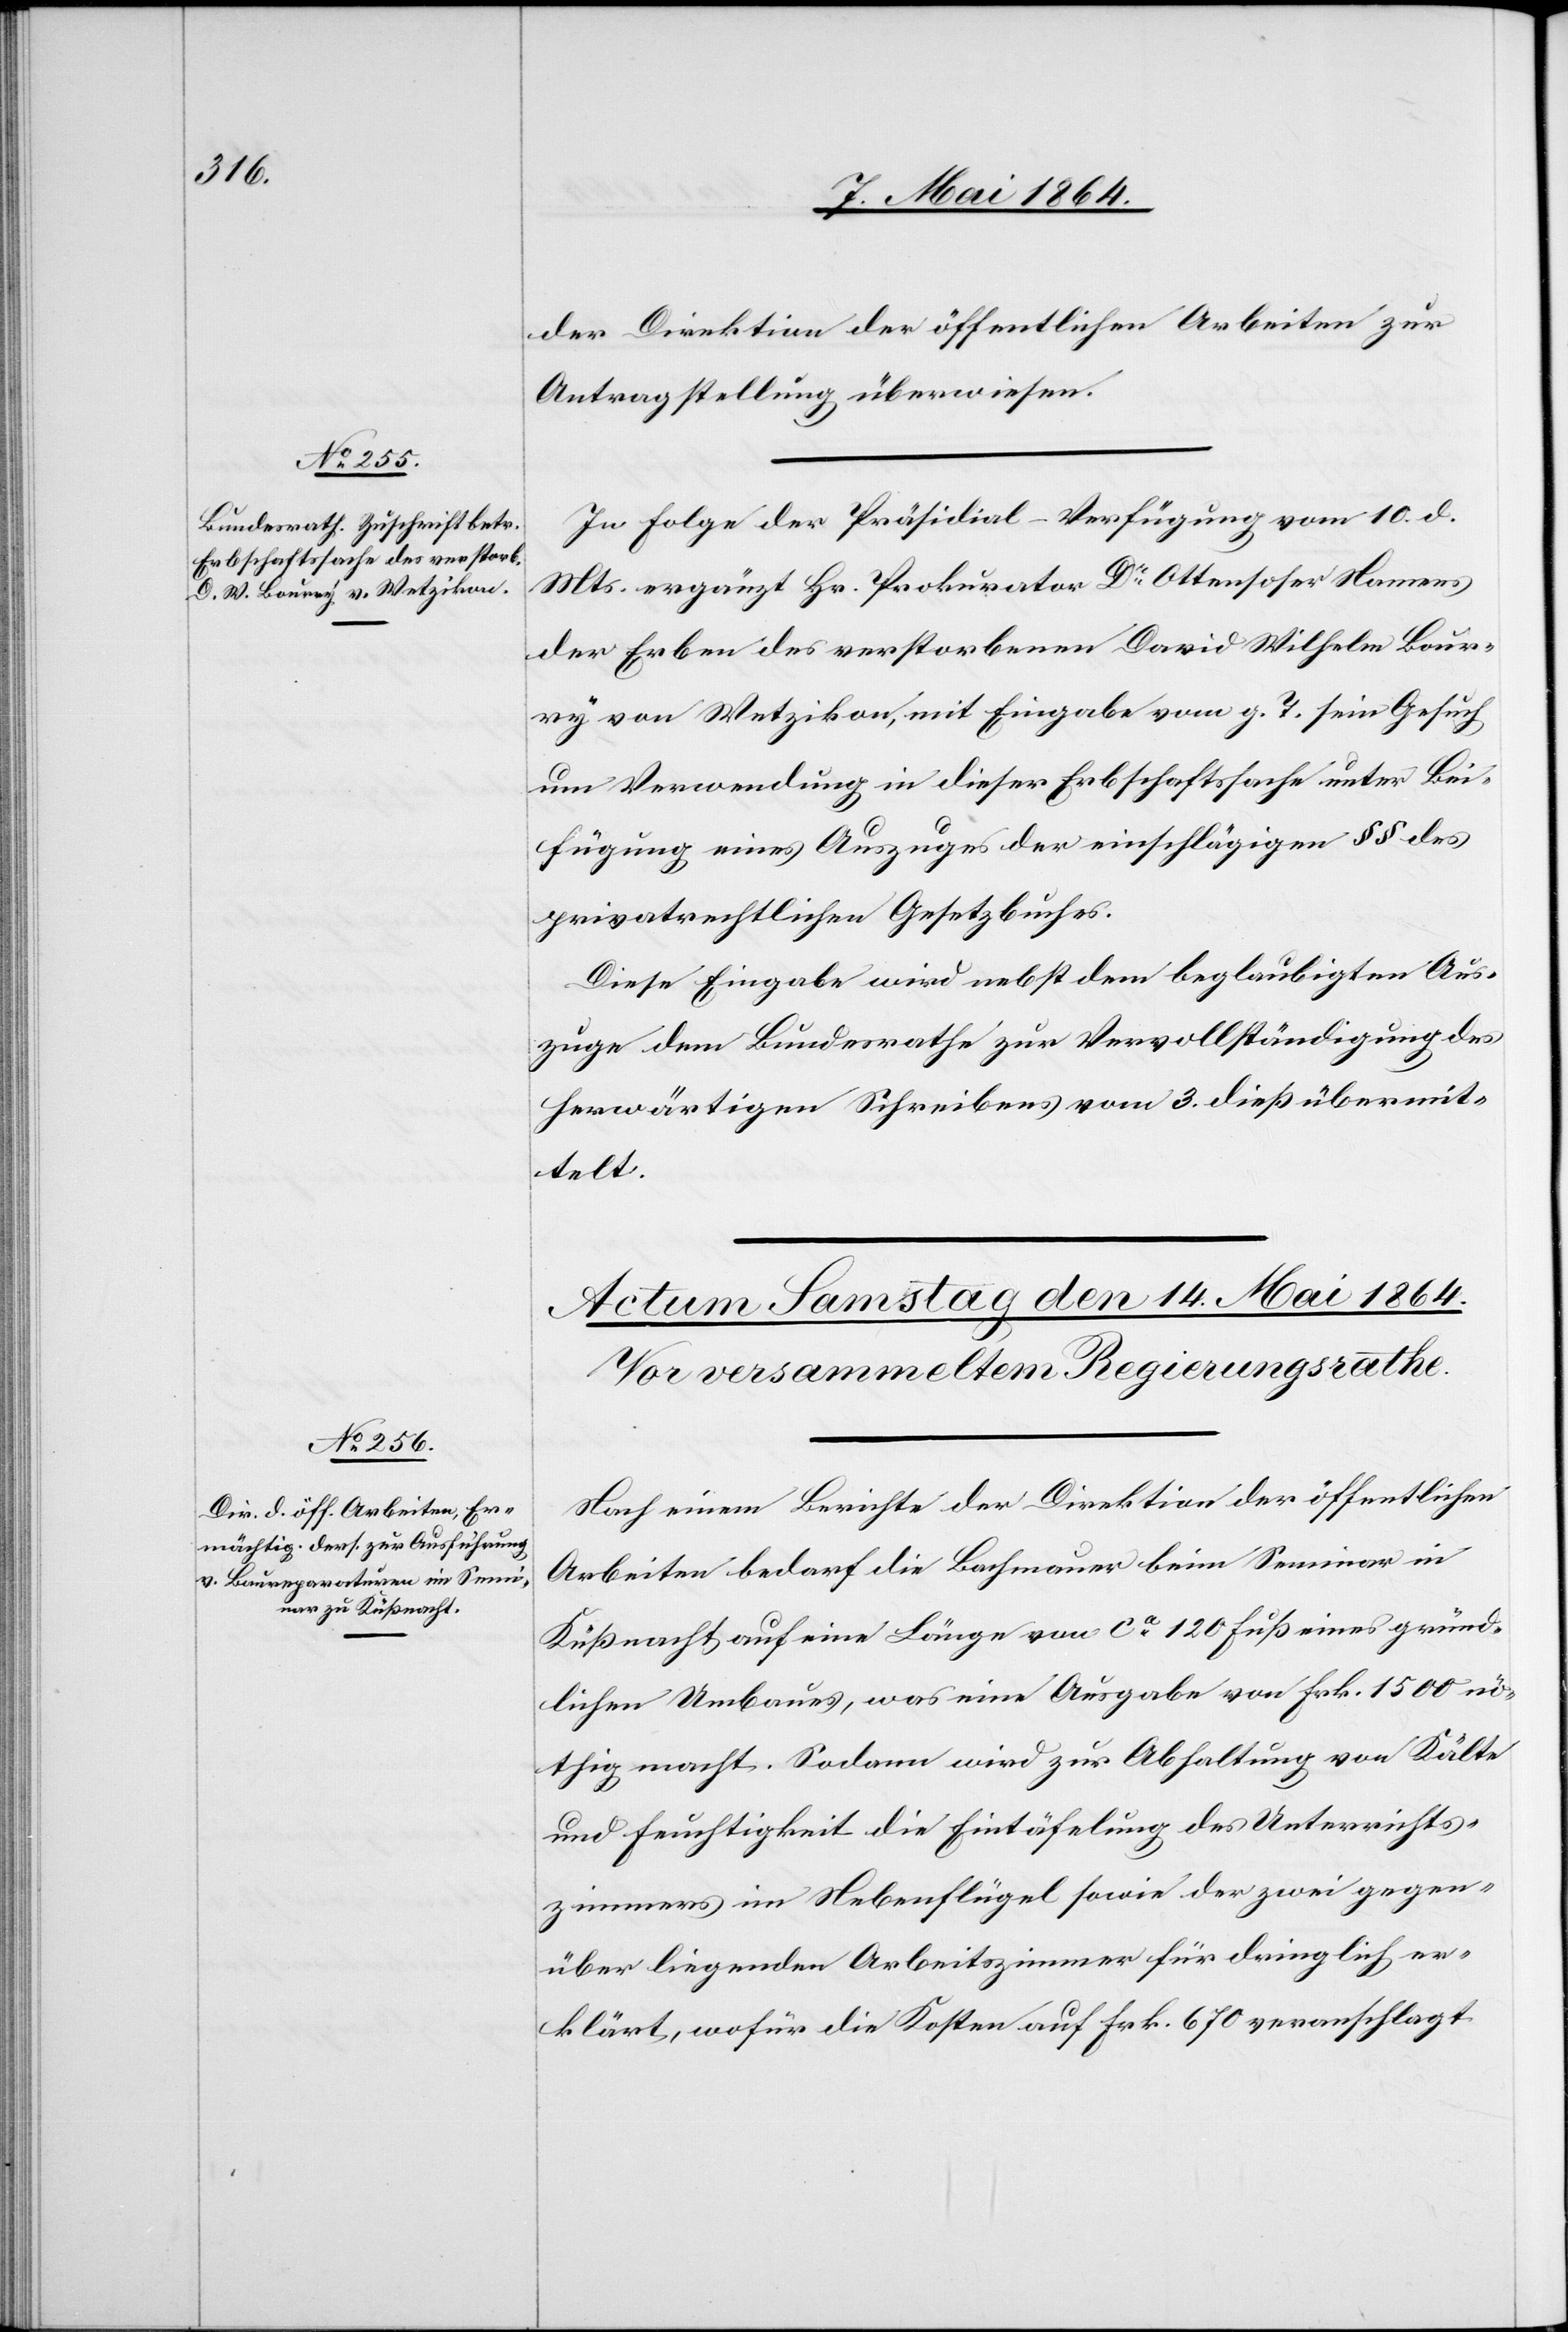
13. Mai 1864.]
der Direktion der öffentlichen Arbeiten zur
Antragstellung überwiesen.
In Folge der Präsidial-Verfügung vom 10. d.
Mts. ergänzt Hr. Prokurator Dr Ottensoser Namens
der Erben des verstorbenen David Wilhelm Bour¬
ry von Wetzikon, mit Eingabe vom g. T. sein Gesuch
um Verwendung in dieser Erbschaftssache unter Bei¬
fügung eines Auszuges der einschlägigen §§ des
privatrechtlichen Gesetzbuches.
Diese Eingabe wird nebst dem beglaubigten Aus¬
zuge dem Bundesrathe zur Vervollständigung des
herwärtigen Schreibens vom 3. dieß übermit¬
telt.
Nach einem Berichte der Direktion der öffentlichen
Arbeiten bedarf die Bachmauer beim Seminar in
Küßnacht auf eine Länge von ca 120 Fuß eines gründ¬
lichen Umbaues, was eine Ausgabe von Frk. 1500 nö¬
thig macht. Sodann wird zur Abhaltung von Kälte
und Feuchtigkeit die Eintäferung des Unterrichts¬
zimmers im Nebenflügel sowie der zwei gegen¬
über liegenden Arbeitszimmer für dringlich er¬
klärt, wofür die Kosten auf Frk. 670 veranschlagt